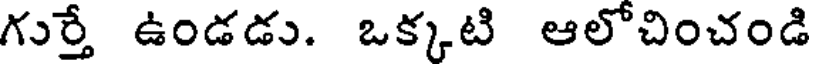
గుర్తే ఉండడు. ఒక్కటి ఆలోచించండి